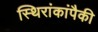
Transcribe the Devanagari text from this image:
स्थिरांकांपैकी